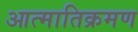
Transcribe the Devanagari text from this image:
आत्मातिक्रमण